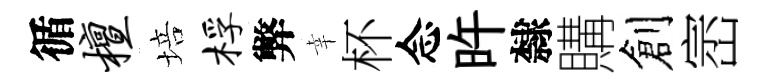
循檀培桴弊幸杯念旿隸購創崈